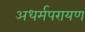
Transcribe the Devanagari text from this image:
अधर्मपरायण